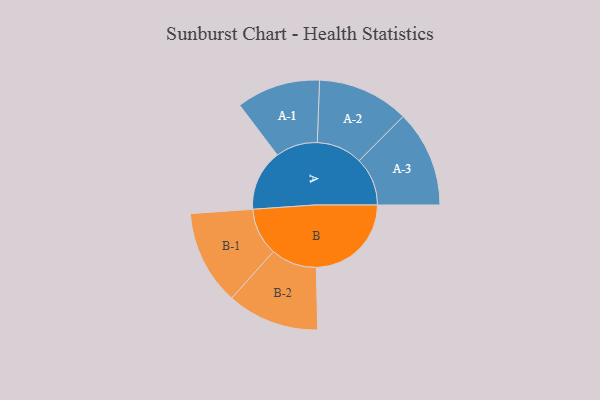
{"axis": {"x": "Segment", "y": "Value"}, "legend": ["", "A", "B"], "data": [{"x": "A", "y": 266, "type": ""}, {"x": "B", "y": 415, "type": ""}, {"x": "A-1", "y": 183, "type": "A"}, {"x": "A-2", "y": 200, "type": "A"}, {"x": "A-3", "y": 211, "type": "A"}, {"x": "B-1", "y": 207, "type": "B"}, {"x": "B-2", "y": 201, "type": "B"}]}